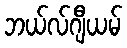
ဘယ်လ်ဂျီယမ်